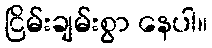
ငြိမ်းချမ်းစွာ နေပါ။